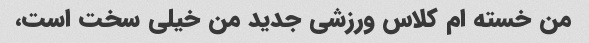
من خسته ام کلاس ورزشی جدید من خیلی سخت است،